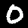
Digit: 0